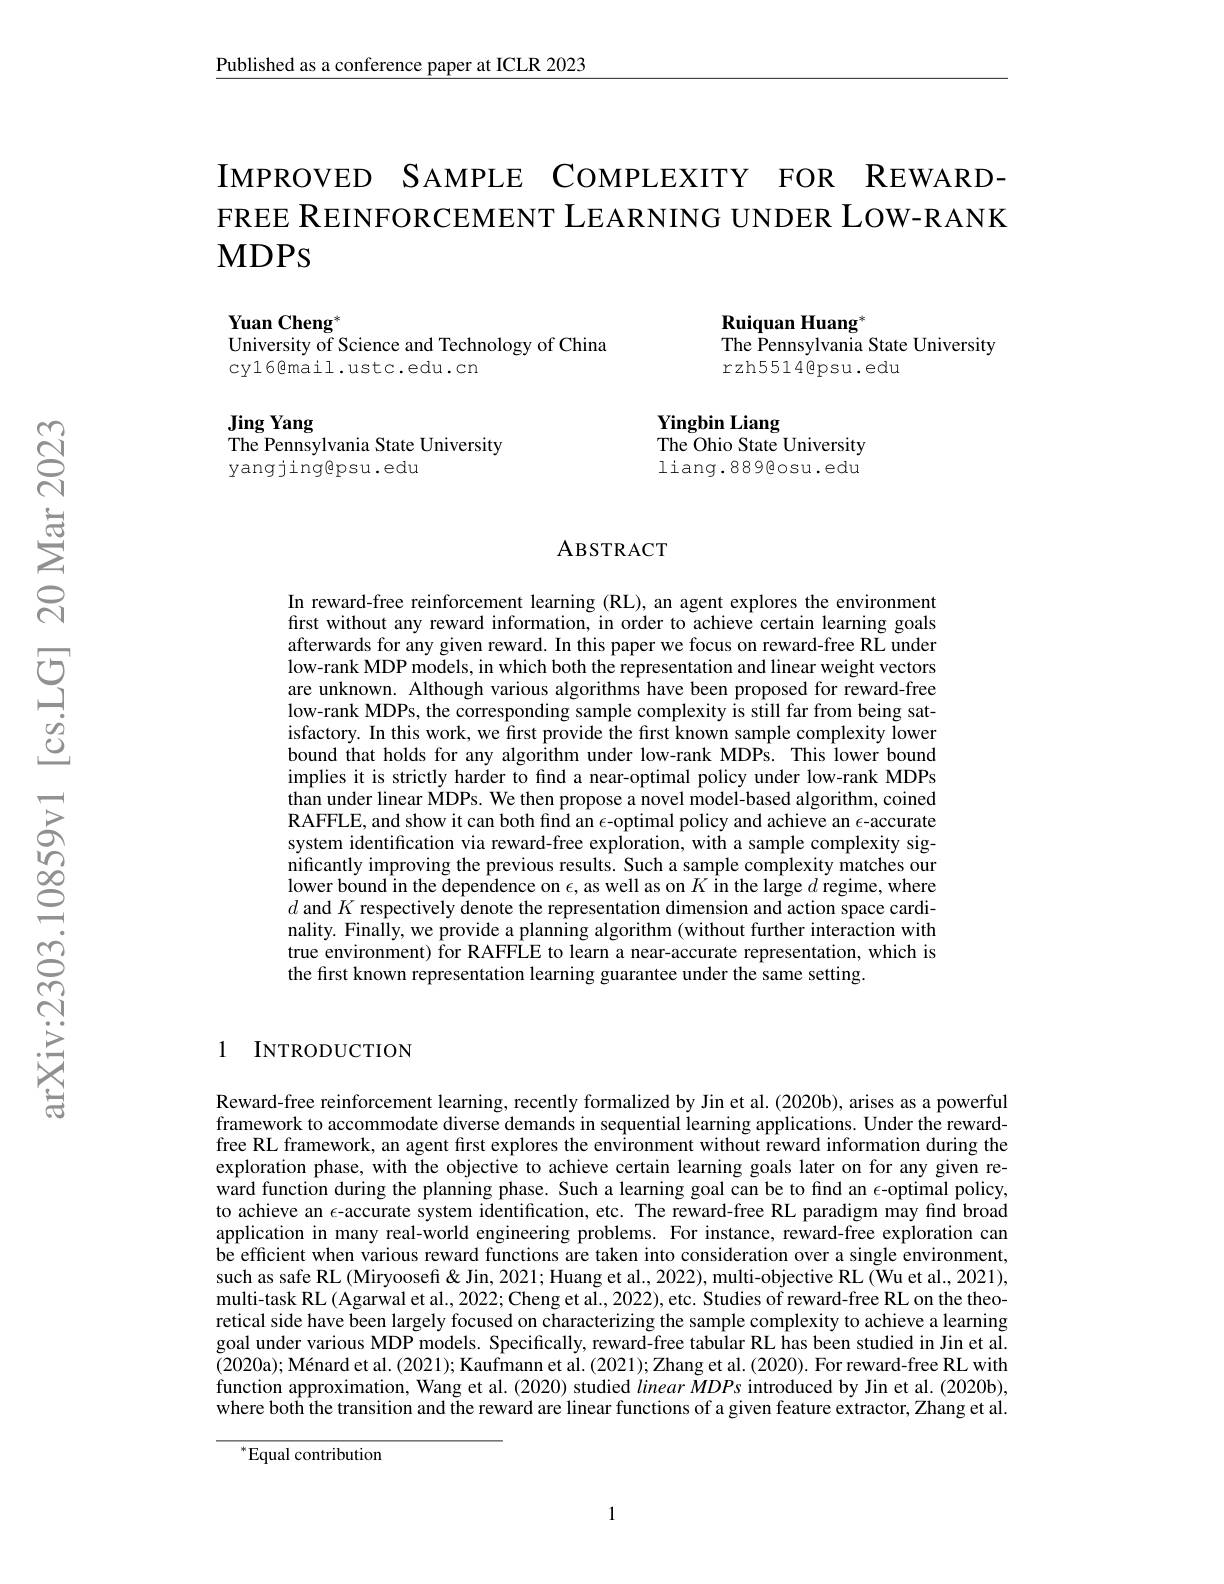
$\underline{\text{Published as a conference paper at ICLR 2023}}$

IMPROVED SAMPLE COMPLEXITY FOR REWARDFREE REINFORCEMENT LEARNING UNDER LOW-RANK MDPS

Ruiquan Huang$^*$
The Pennsylvania State University
rzh5514@psu.edu

Yuan Cheng$^*$
University of Science and Technology of China
cyl6@mail.ustc.edu.cn

Jing Yang
$\bar{\text{The Pennsylvania State University}}$
yangjing@psu.edu

Yingbin Liang
The Ohio State University liang.889@osu.edu

### ABSTRACT

In reward-free reinforcement learning (RL), an agent explores the environment first without any reward information, in order to achieve certain learning goals afterwards for any given reward. In this paper we focus on reward-free RL under low-rank MDP models, in which both the representation and linear weight vectors are unknown. Although various algorithms have been proposed for reward-free low-rank MDPs, the corresponding sample complexity is still far from being satisfactory. In this work, we first provide the first known sample complexity lower bound that holds for any algorithm under low-rank MDPs. This lower bound implies it is strictly harder to find a near-optimal policy under low-rank MDPs than under linear MDPs. We then propose a novel model-based algorithm, coined RAFFLE, and show it can both find an $\epsilon$-optimal policy and achieve an $\epsilon$-accurate system identification via reward-free exploration, with a sample complexity significantly improving the previous results. Such a sample complexity matches our lower bound in the dependence on $\epsilon$, as well as on $K\text{\^ {i}nthelarge}d$ regime, where $d$ and $K$ respectively denote the representation dimension and action space cardinality. Finally, we provide a planning algorithm (without further interaction with true environment) for RAFFLE to learn a near-accurate representation, which is the first known representation learning guarantee under the same setting.

### 1 INTRODUCTION

Reward-free reinforcement learning, recently formalized by Jin et al.(2020b), arises as a powerful framework to accommodate diverse demands in sequential learning applications. Under the rewardfree RL framework, an agent first explores the environment without reward information during the exploration phase, with the objective to achieve certain learning goals later on for any given reward function during the planning phase. Such a learning goal can be to find an $\epsilon$-optimal policy, to achieve an $\epsilon$-accurate system identification, etc. The reward-free RL paradigm may find broad application in many real-world engineering problems. For instance, reward-free exploration can be efficient when various reward functions are taken into consideration over a single environment, such as safe RL (Miryoosefi& Jin, 2021; Huang et al., 2022), multi-objective RL (Wu et al., 2021), multi-task RL (Agarwal et al., 2022; Cheng et al., 2022), etc. Studies of reward-free RL on the theoretical side have been largely focused on characterizing the sample complexity to achieve a learning goal under various MDP models. Specifically, reward-free tabular RL has been studied in Jin et al. (2020a); Ménard et al. (2021); Kaufmann et al. (2021); Zhang et al. (2020). For reward-free RL with function approximation, Wang et al. (2020) studied linearMDPs introduced by Jin et al. (2020b), where both the transition and the reward are linear functions of a given feature extractor, Zhang et al.

$^{*}$Equal contribution